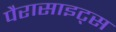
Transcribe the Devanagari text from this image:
पैरासाइट्स